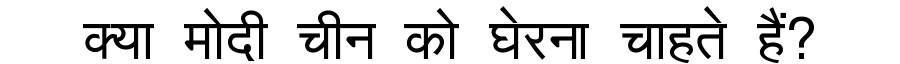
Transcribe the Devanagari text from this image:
क्या मोदी चीन को घेरना चाहते हैं?